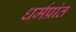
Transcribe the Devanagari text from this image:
धर्मप्रांत